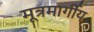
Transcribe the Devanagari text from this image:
मूत्रमार्गीय